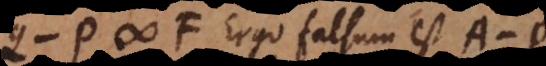
− P # F. Ergo falsum est A